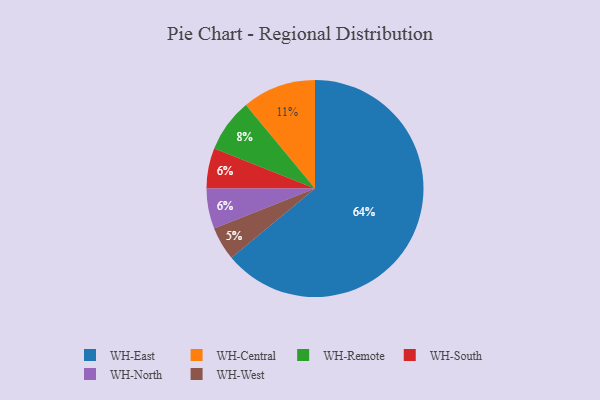
{"axis": {"x": "Category", "y": "Percentage"}, "legend": ["WH-Central", "WH-East", "WH-North", "WH-Remote", "WH-South", "WH-West"], "data": [{"x": "WH-West", "y": 5, "type": "WH-West"}, {"x": "WH-Central", "y": 11, "type": "WH-Central"}, {"x": "WH-Remote", "y": 8, "type": "WH-Remote"}, {"x": "WH-South", "y": 6, "type": "WH-South"}, {"x": "WH-North", "y": 6, "type": "WH-North"}, {"x": "WH-East", "y": 64, "type": "WH-East"}]}